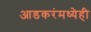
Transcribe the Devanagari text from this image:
आडकरंमध्येही